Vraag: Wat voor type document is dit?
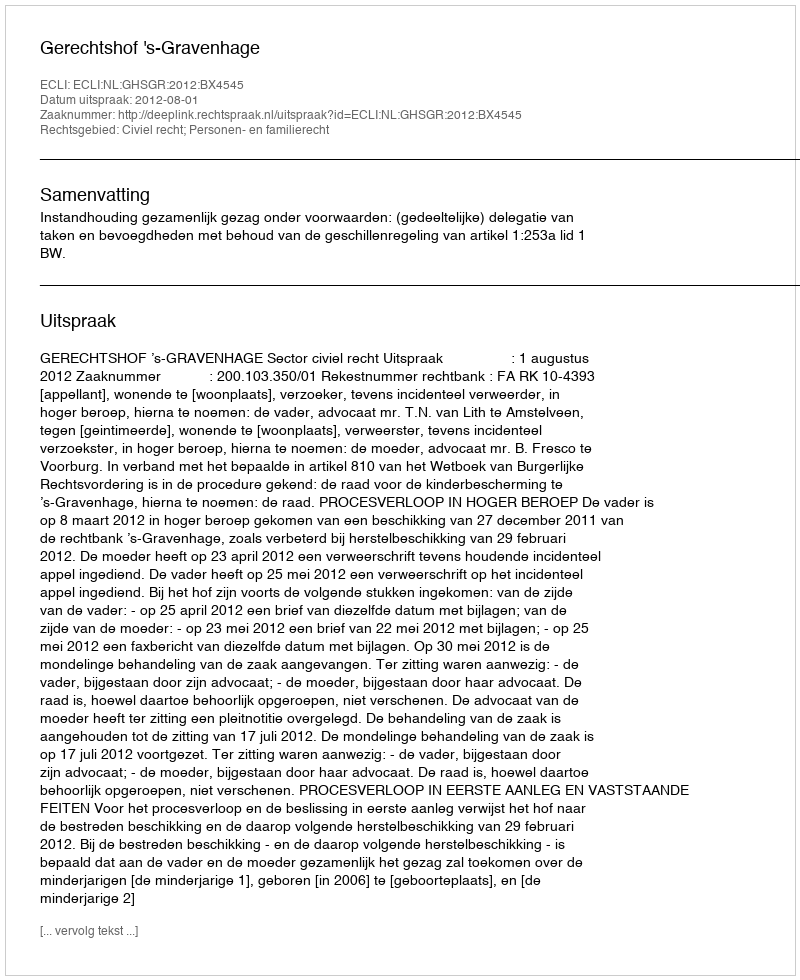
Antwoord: Uitspraak